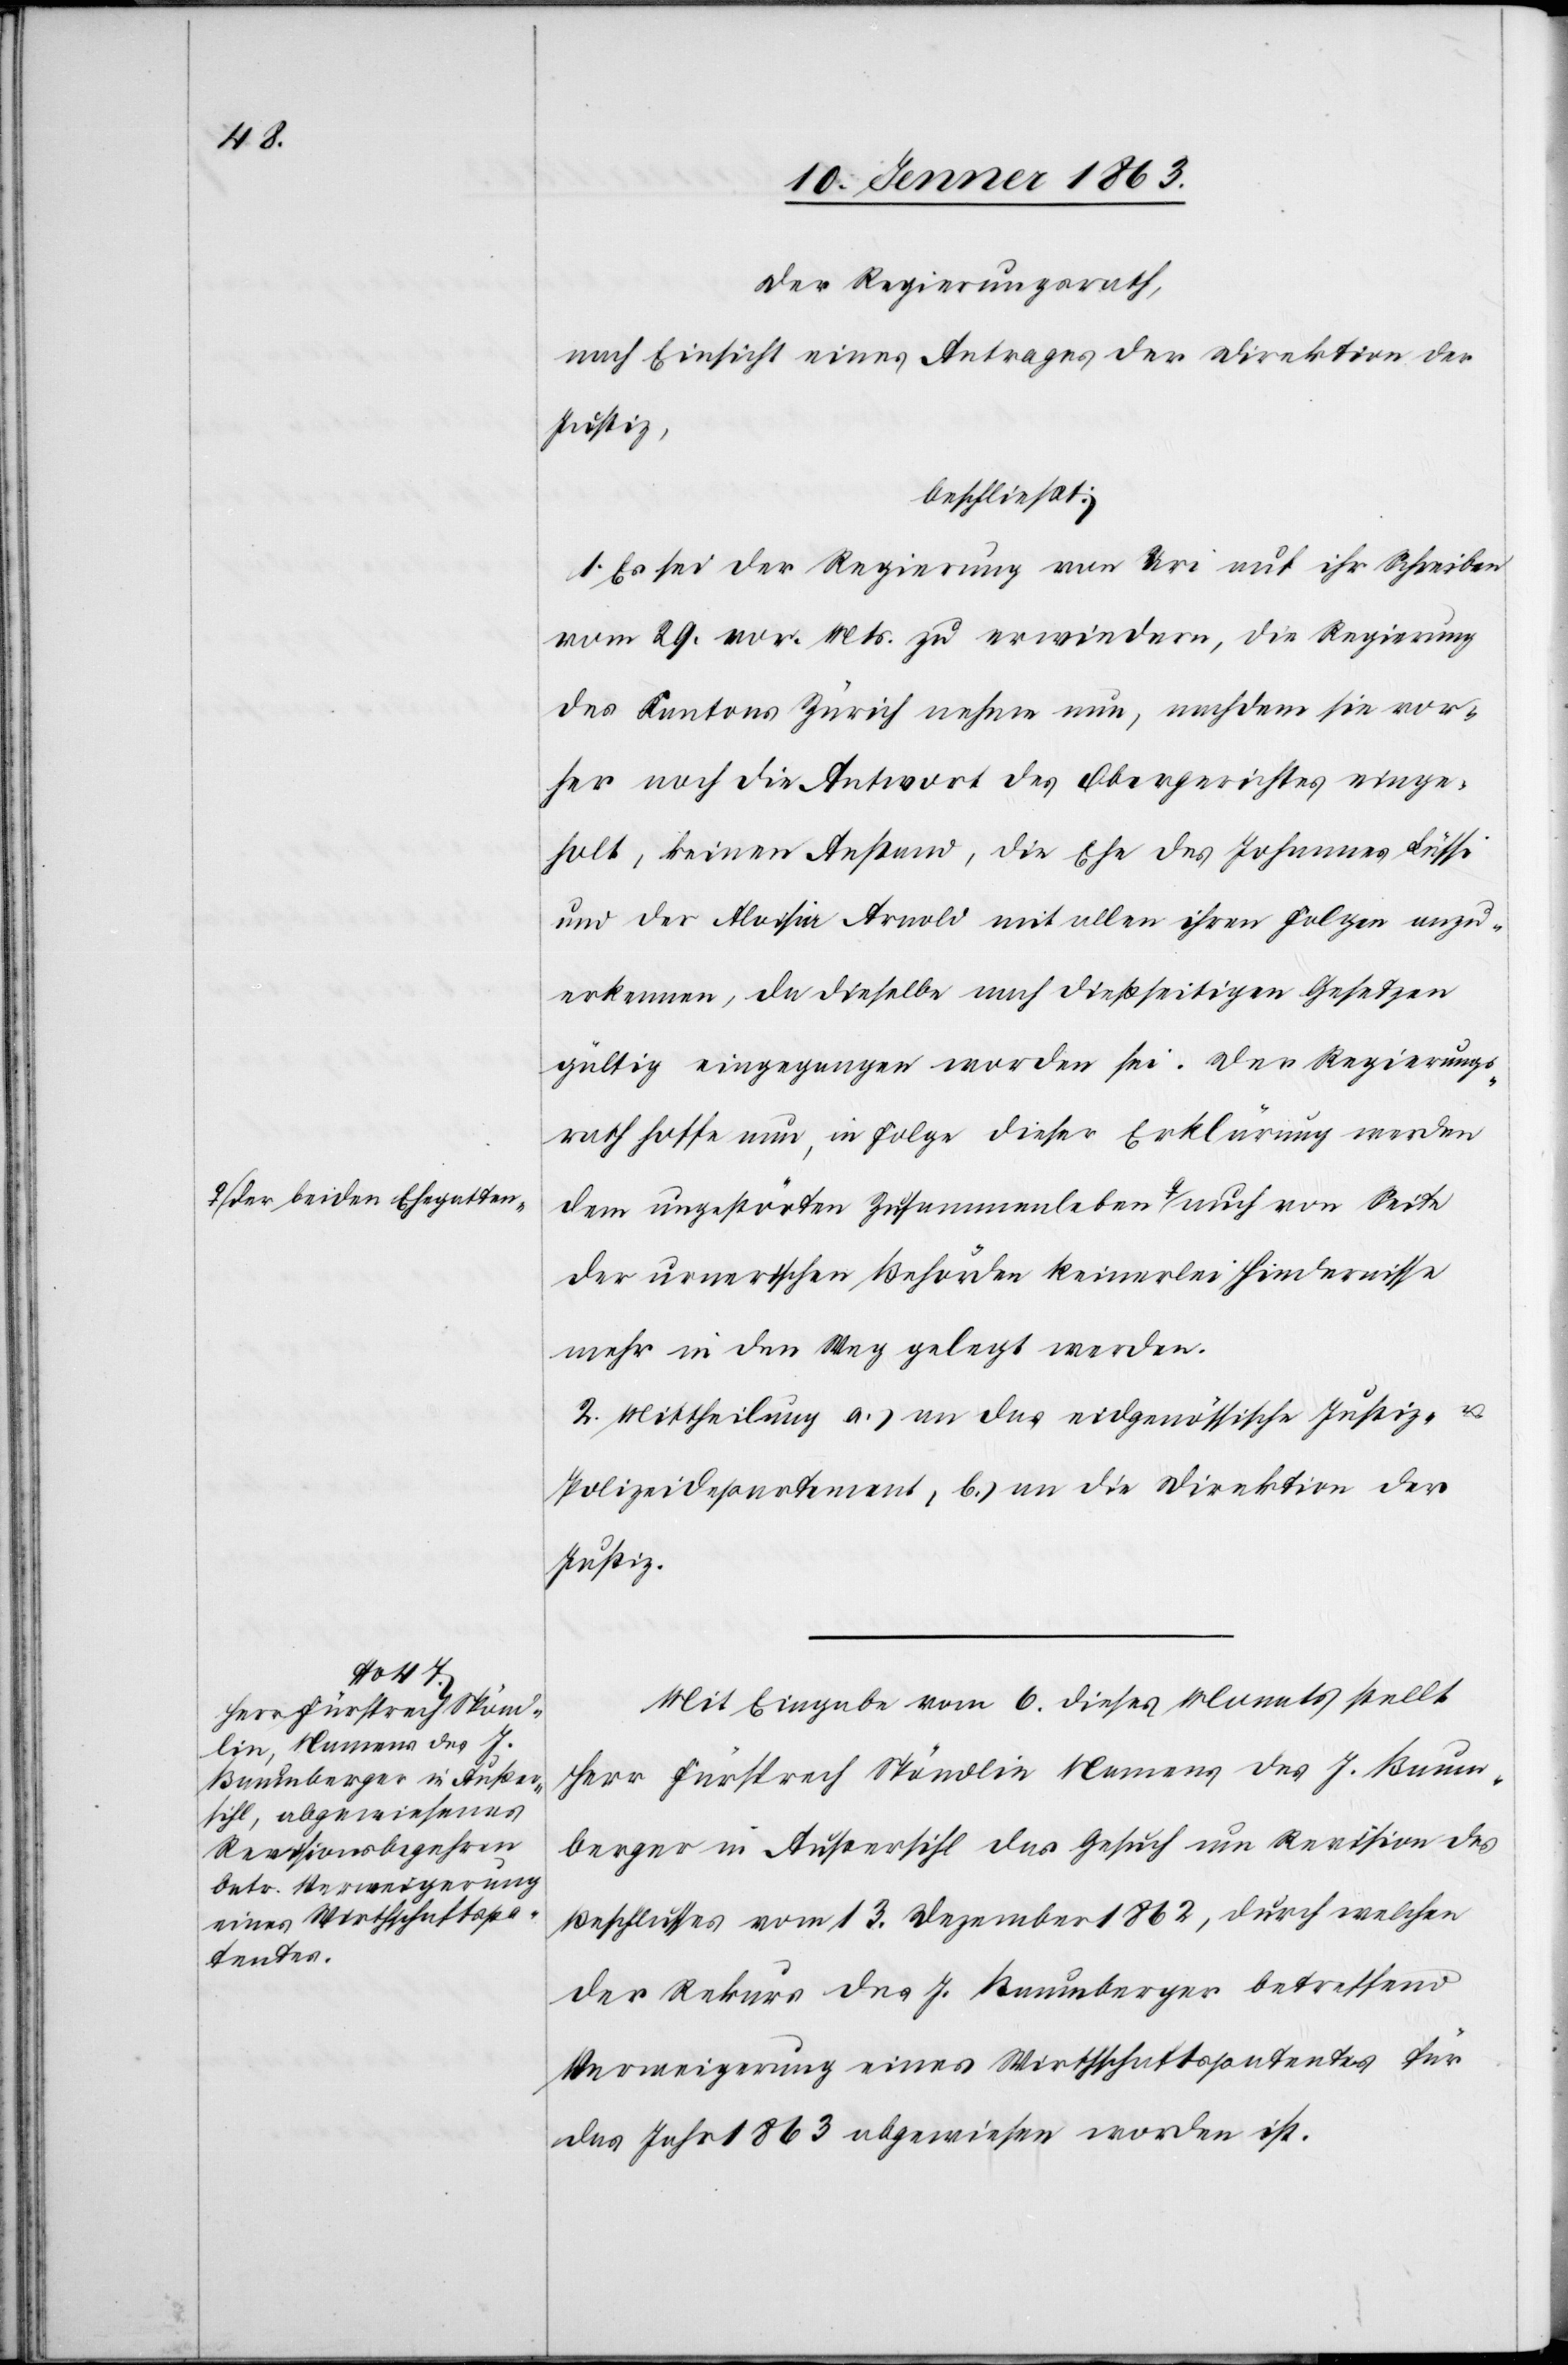
Seite

Der Regierungsrath,
nach Einsicht eines Antrages der Direktion der
Justiz,
beschließt:
1. Es sei der Regierung von Uri auf ihr Schreiben
vom 29. vor. Mts. zu erwiedern, die Regierung
des Cantons Zürich nehme nun, nachdem sie vor¬
her noch die Antwort des Obergerichtes einge¬
holt, keinen Anstand, die Ehe des Johannes Lüssi
und der Aloisia Arnold mit allen ihren Folgen anzu¬
erkennen, da dieselbe nach dießseitigen Gesetzen
gültig eingegangen worden sei. Der Regierungs¬
rath hoffe nun, in Folge dieser Erklärung werden
dem ungestörten Zusammenleben a-der beiden
der urnerischen Behörden keinerlei Hindernisse
mehr in den Weg gelegt werden.
2. Mittheilung a.) an das eidgenössische Justiz- u.
Polizeidepartement, b.) an die Direktion der
Justiz.
Mit Eingabe vom 6. dieses Monats stellt
Herr Fürsprech Spöndlin Namens des J. Baum¬
berger in Außersihl das Gesuch um Revision des
Beschlusses vom 13. Dezember 1862, durch welchen
der Rekurs des J. Baumberger betreffend
Verweigerung eines Wirthschaftspatentes für
das Jahr 1863 abgewiesen worden ist.